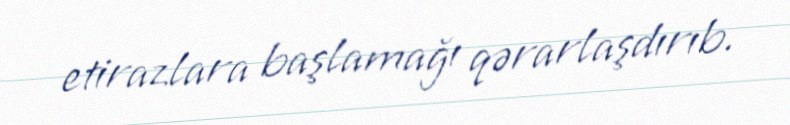
etirazlara başlamağı qərarlaşdırıb.